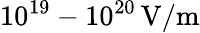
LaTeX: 10^{19}-10^{20}\, \textrm{V/m}